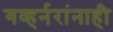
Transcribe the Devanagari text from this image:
गव्हर्नरांनाही